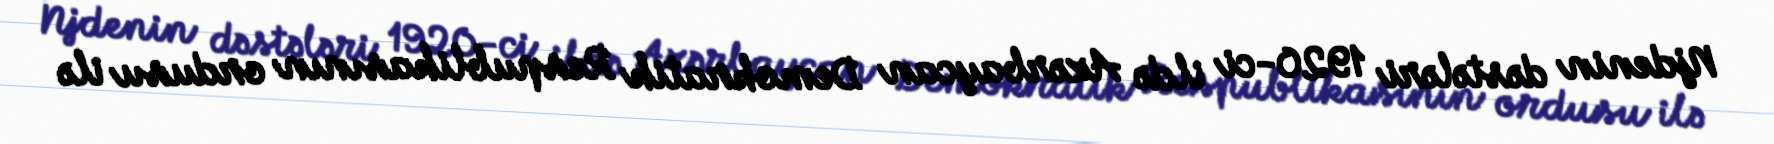
Njdenin dəstələri 1920-ci ildə Azərbaycan Demokratik Respublikasının ordusu ilə